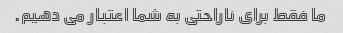
ما فقط برای ناراحتی به شما اعتبار می دهیم.